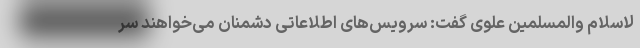
لاسلام والمسلمین علوی گفت: سرویس‌های اطلاعاتی دشمنان می‌خواهند سر